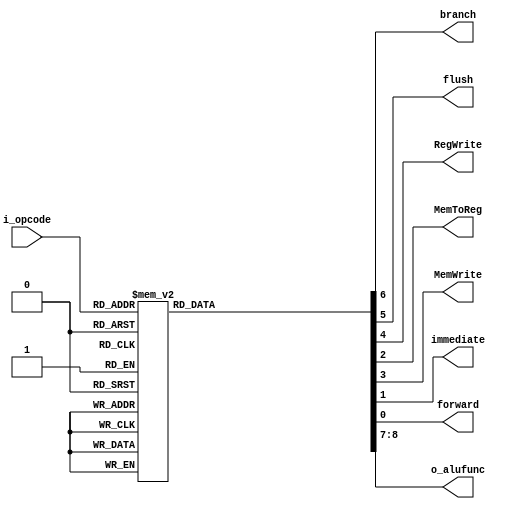
module OpcodeDecoder(
    input   [3:0] i_opcode,
    output  reg branch,
    output  reg flush,
    output  reg RegWrite,
    output  reg MemToReg,
    output  reg MemWrite,
    output  reg immediate,
    output  reg forward,
    output  reg [1:0] o_alufunc
); //to excute register

reg [8:0] flag;

parameter 
          LDA_imm       = 4'b0000,
          STA_imm       = 4'b0001,
          CAL_add       = 4'b0010,
          CAL_sub       = 4'b0011,
          CAL_mul       = 4'b0100,
          CAL_SLT       = 4'b0101,
          IMM_add       = 4'b0110,
          IMM_sub       = 4'b0111,
          IMM_mul       = 4'b1000,
          BAF_immsub    = 4'b1001,
          BAF_regsub    = 4'b1010;

 
always @(*) begin
    {o_alufunc, branch, flush, RegWrite, MemWrite, MemToReg, immediate, forward} = flag;
end

always @(*) begin
    flag = 9'b00_0000000;
    case(i_opcode[3:0])
        LDA_imm     : flag =    9'b00_0010111;
        STA_imm     : flag =    9'b00_0001010;
        CAL_add     : flag =    9'b00_0010001;
        CAL_sub     : flag =    9'b01_0010001;
        CAL_mul     : flag =    9'b10_0010001;
        CAL_SLT     : flag =    9'b11_0010001;
        IMM_add     : flag =    9'b00_0010011;
        IMM_sub     : flag =    9'b01_0010011;
        IMM_mul     : flag =    9'b10_0010011;
        BAF_immsub  : flag =    9'b01_1100010;
        BAF_regsub  : flag =    9'b01_1100000;
    endcase
end

endmodule